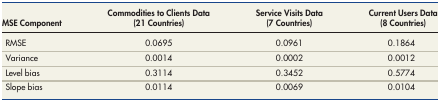
<table><thead><tr><td><b>MSE Component</b></td><td><b>Commodities to Clients Data (21 Countries)</b></td><td><b>Service Visits Data (7 Countries)</b></td><td><b>Current Users Data (8 Countries)</b></td></tr></thead><tbody><tr><td>RMSE</td><td>0.0695</td><td>0.0961</td><td>0.1864</td></tr><tr><td>Variance</td><td>0.0014</td><td>0.0002</td><td>0.0012</td></tr><tr><td>Level bias</td><td>0.3114</td><td>0.3452</td><td>0.5774</td></tr><tr><td>Slope bias</td><td>0.0114</td><td>0.0069</td><td>0.0104</td></tr></tbody></table>